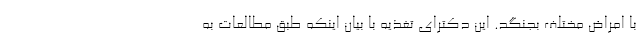
با امراض مختلف بجنگد. این دکترای تغذیه با بیان اینکه طبق مطالعات به